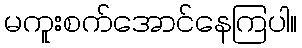
မကူးစက်အောင်နေကြပါ။